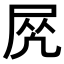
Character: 𡱲